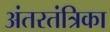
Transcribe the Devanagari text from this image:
अंतरतंत्रिका